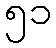
၅၁